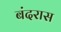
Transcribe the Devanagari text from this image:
बंदरास